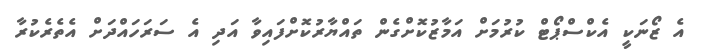
އެ ޒޯނަކީ އެކްސްޕޯޓް ކުރުމަށް އަމާޒުކޮށްގެން ތައްޔާރުކޮށްފައިވާ އަދި އެ ސަރަހައްދަށް އެތެރެކުރާ